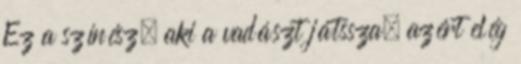
Ez a színész, aki a vadászt játssza, azért elég